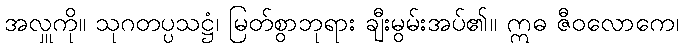
အလှူကို။ သုဂတပ္ပသဋ္ဌံ၊ မြတ်စွာဘုရား ချီးမွမ်းအပ်၏။ ဣဓ ဇီဝလောကေ၊